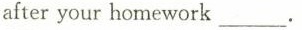
after your homework ___.